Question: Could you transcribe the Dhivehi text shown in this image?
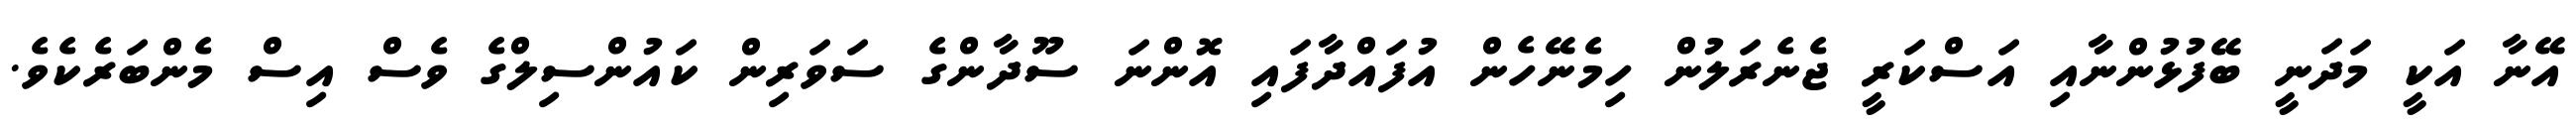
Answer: އޭނާ އަކީ މަދަނީ ބޭފުޅުންނާއި އަސްކަރީ ޖެނެރަލުން ހިމެނޭހެން އުފައްދާފައި އޮންނަ ސޫދާންގެ ސަވަރިން ކައުންސިލްގެ ވެސް އިސް މެންބަރެކެވެ.